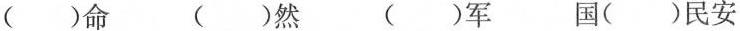
( )命 ( )然 ( )军 国( )民安